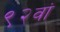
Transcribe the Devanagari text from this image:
९२वां